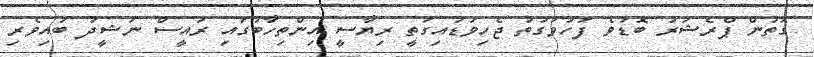
ގޮތުން ޕްރެޝަރު ބޮޑުވެ ފަހުވަގުތު ޖެހިިވަޑައިގަތީ ރިޔާސީ އިންތިހާބުގައި ރައީސް ނަޝީދު ބައިވެރި